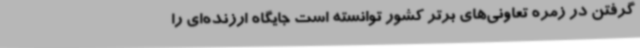
گرفتن در زمره تعاونی‌های برتر کشور توانسته است جایگاه ارزنده‌ای را